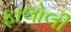
ફાલોલી